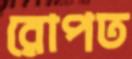
রোপত